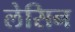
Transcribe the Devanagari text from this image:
लेसिन